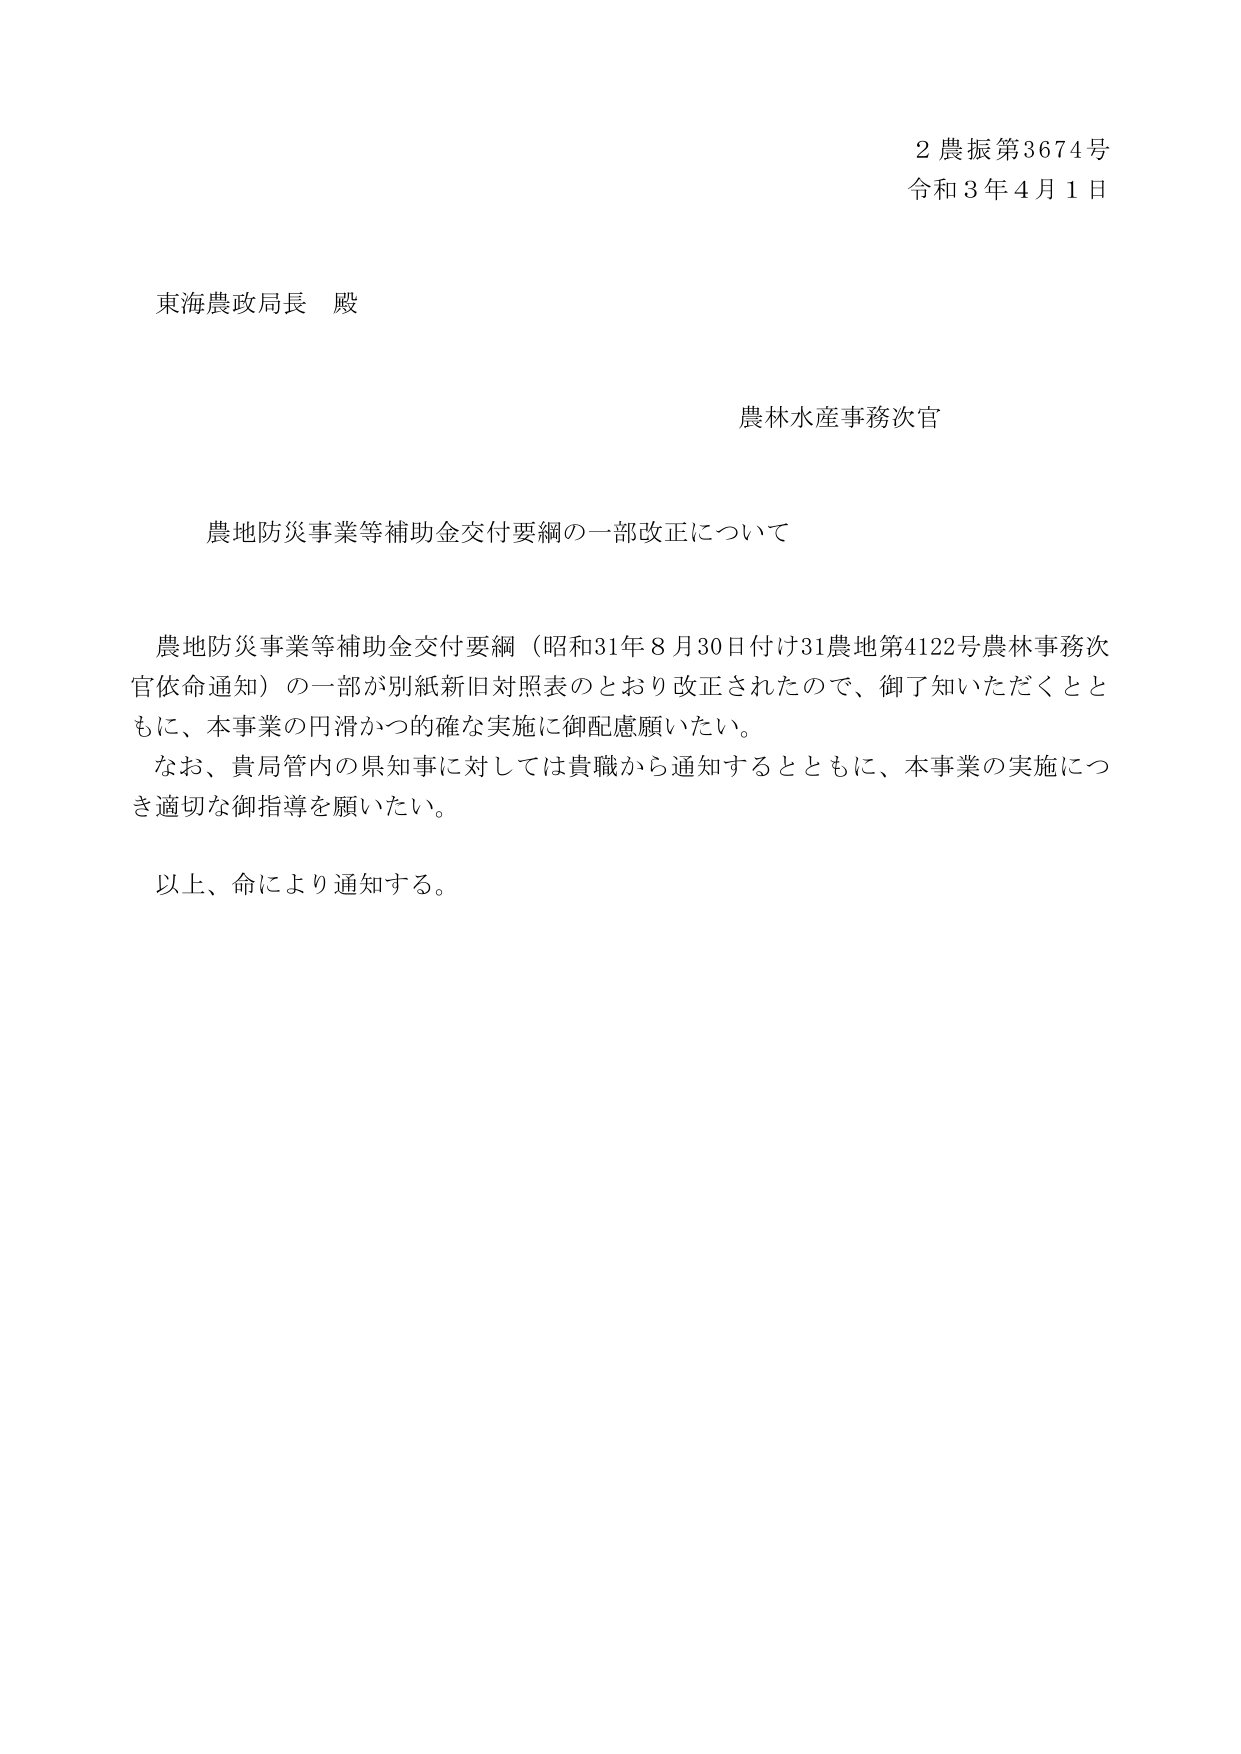
2農振第3674号
令和3年4月1日

東海農政局長 殿

農林水産事務次官

農地防災事業等補助金交付要綱の一部改正について

農地防災事業等補助金交付要綱（昭和31年8月30日付け31農地第4122号農林事務次官依命通知）の一部が別紙新旧対照表のとおり改正されたので、御了知いただくとともに、本事業の円滑かつ的確な実施に御配慮願いたい。
なお、貴局管内の県知事に対しては貴職から通知するとともに、本事業の実施につき適切な御指導を願いたい。

以上、命により通知する。